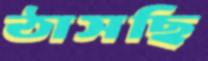
ঠাসছি